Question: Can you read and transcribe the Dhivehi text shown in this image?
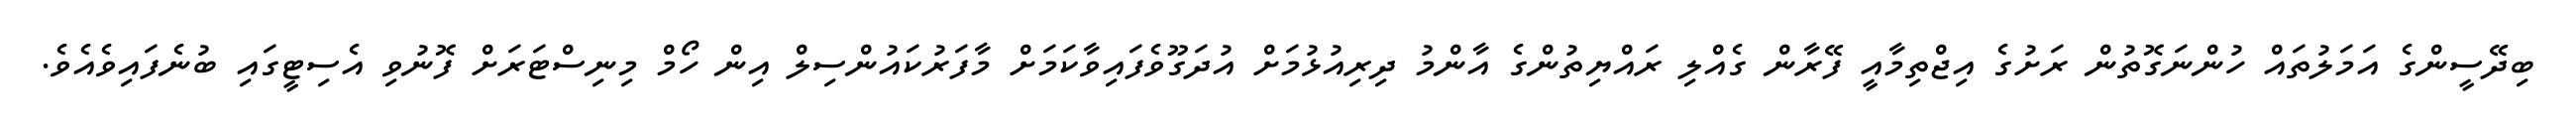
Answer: ބިދޭސީންގެ އަމަލުތައް ހުންނަގޮތުން ރަށުގެ އިޖްތިމާއީ ފޭރާން ގެއްލި ރައްޔިތުންގެ އާންމު ދިރިއުޅުމަށް އުދަގޫވެފައިވާކަމަށް މާފަރުކައުންސިލް އިން ހޯމް މިނިސްޓަރަށް ފޮނުވި އެސިޓީގައި ބުނެފައިވެއެވެ.